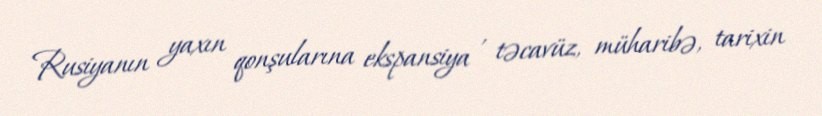
Rusiyanın yaxın qonşularına ekspansiya , təcavüz, müharibə, tarixin